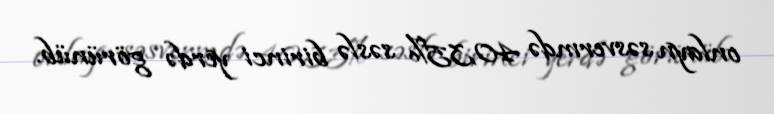
onlayn səsvermdə 40,35% səslə birinci yerdə görünüb.